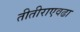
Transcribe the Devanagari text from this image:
तीतीराएवढा